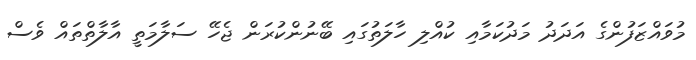
މުވައްޒަފުންގެ އަދަދު މަދުކަމާއި ކުއްލި ހާލަތުގައި ބޭނުންކުރަން ޖެހޭ ސަލާމަތީ އާލާތްތައް ވެސް